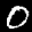
Label: 0